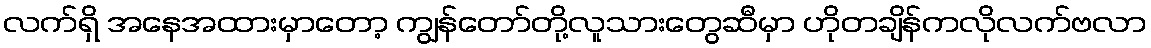
လက်ရှိ အနေအထားမှာတော့ ကျွန်တော်တို့လူသားတွေဆီမှာ ဟိုတချိန်ကလိုလက်ဗလာ